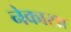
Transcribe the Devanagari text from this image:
नेकासा